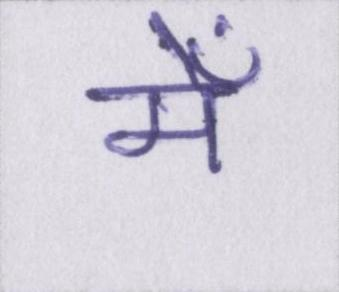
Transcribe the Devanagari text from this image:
मेँ